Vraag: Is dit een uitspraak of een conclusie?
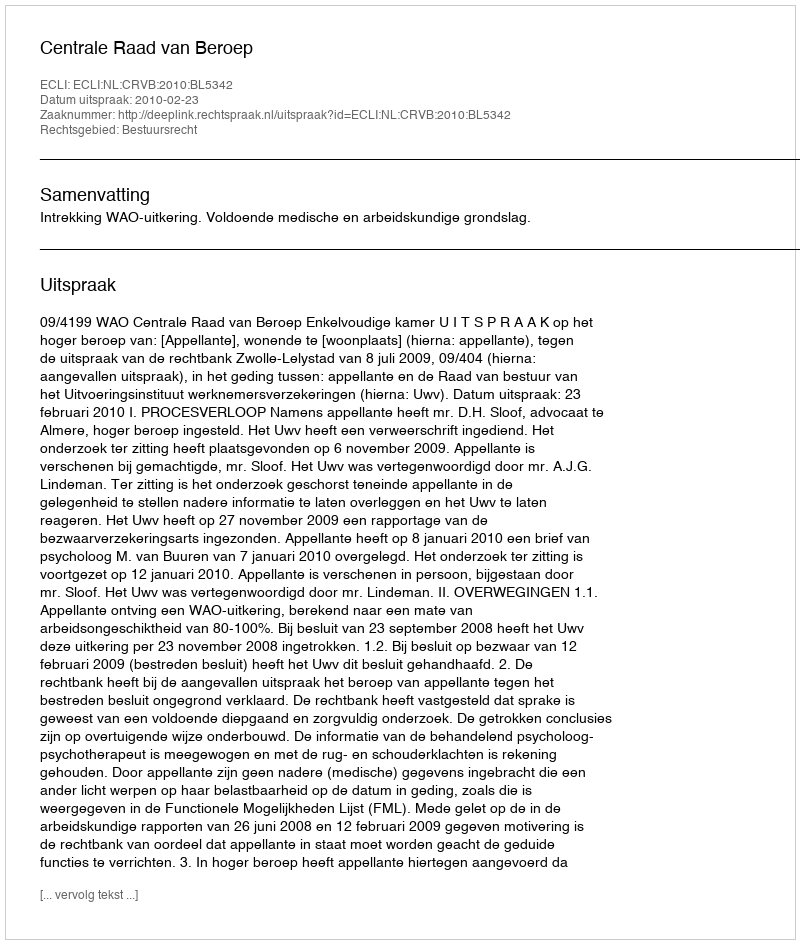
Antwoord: Uitspraak